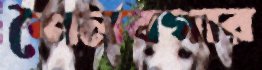
শৈলবগার